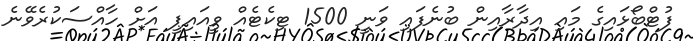
ފުޓްބޯޅައިގެ މައި އިދާރާއިން ބުނެފައި ވަނީ 1500 ޓިކެޓެއް ވީއައިޕީ އަށް ހާއްސަކުރެވޭނެ